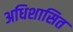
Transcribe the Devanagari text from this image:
अधिशासित